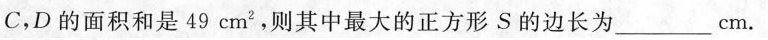
C，D的面积和是49 cm^{2}，则其中最大的正方形S的边长为___cm.